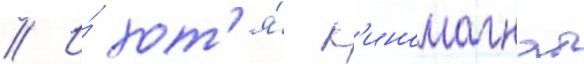
// И́ хот'я́ к'иномагнат